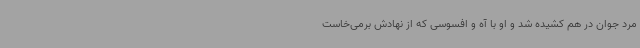
مرد جوان در هم کشیده شد و او با آه و افسوسی که از نهادش برمی‌خاست